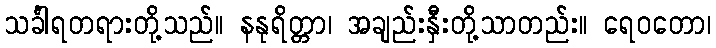
သင်္ခါရတရားတို့သည်။ နနုရိတ္တာ၊ အချည်းနှီးတို့သာတည်း။ ရေဝတော၊